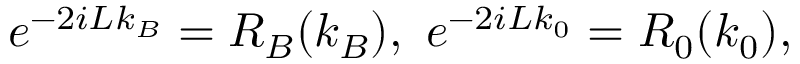
e ^ { - 2 i L k _ { B } } = R _ { B } ( k _ { B } ) , \ e ^ { - 2 i L k _ { 0 } } = R _ { 0 } ( k _ { 0 } ) ,